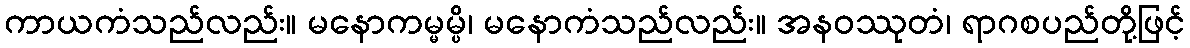
ကာယကံသည်လည်း။ မနောကမ္မမ္ပိ၊ မနောကံသည်လည်း။ အနဝဿုတံ၊ ရာဂစပည်တို့ဖြင့်